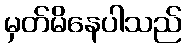
မှတ်မိနေပါသည်